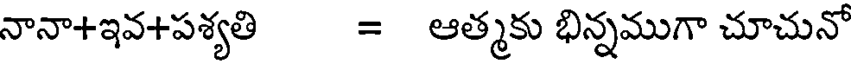
నానా+ఇవ+పశ్యతి = ఆత్మకు భిన్నముగా చూచునో